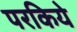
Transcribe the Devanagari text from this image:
परकिये